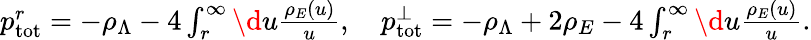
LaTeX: \begin{array}{r}{p_{\mathrm{tot}}^{r}=-\rho_{\Lambda}-4\int_{r}^{\infty}\d u\frac{\rho_{E}(u)}{u},\quad p_{\mathrm{tot}}^{\perp}=-\rho_{\Lambda}+2\rho_{E}-4\int_{r}^{\infty}\d u\frac{\rho_{E}(u)}{u}.}\end{array}